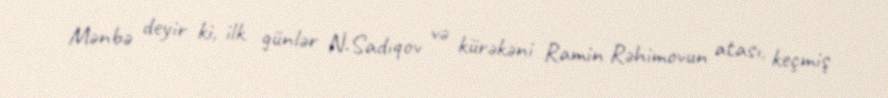
Mənbə deyir ki, ilk günlər N.Sadıqov və kürəkəni Ramin Rəhimovun atası, keçmiş